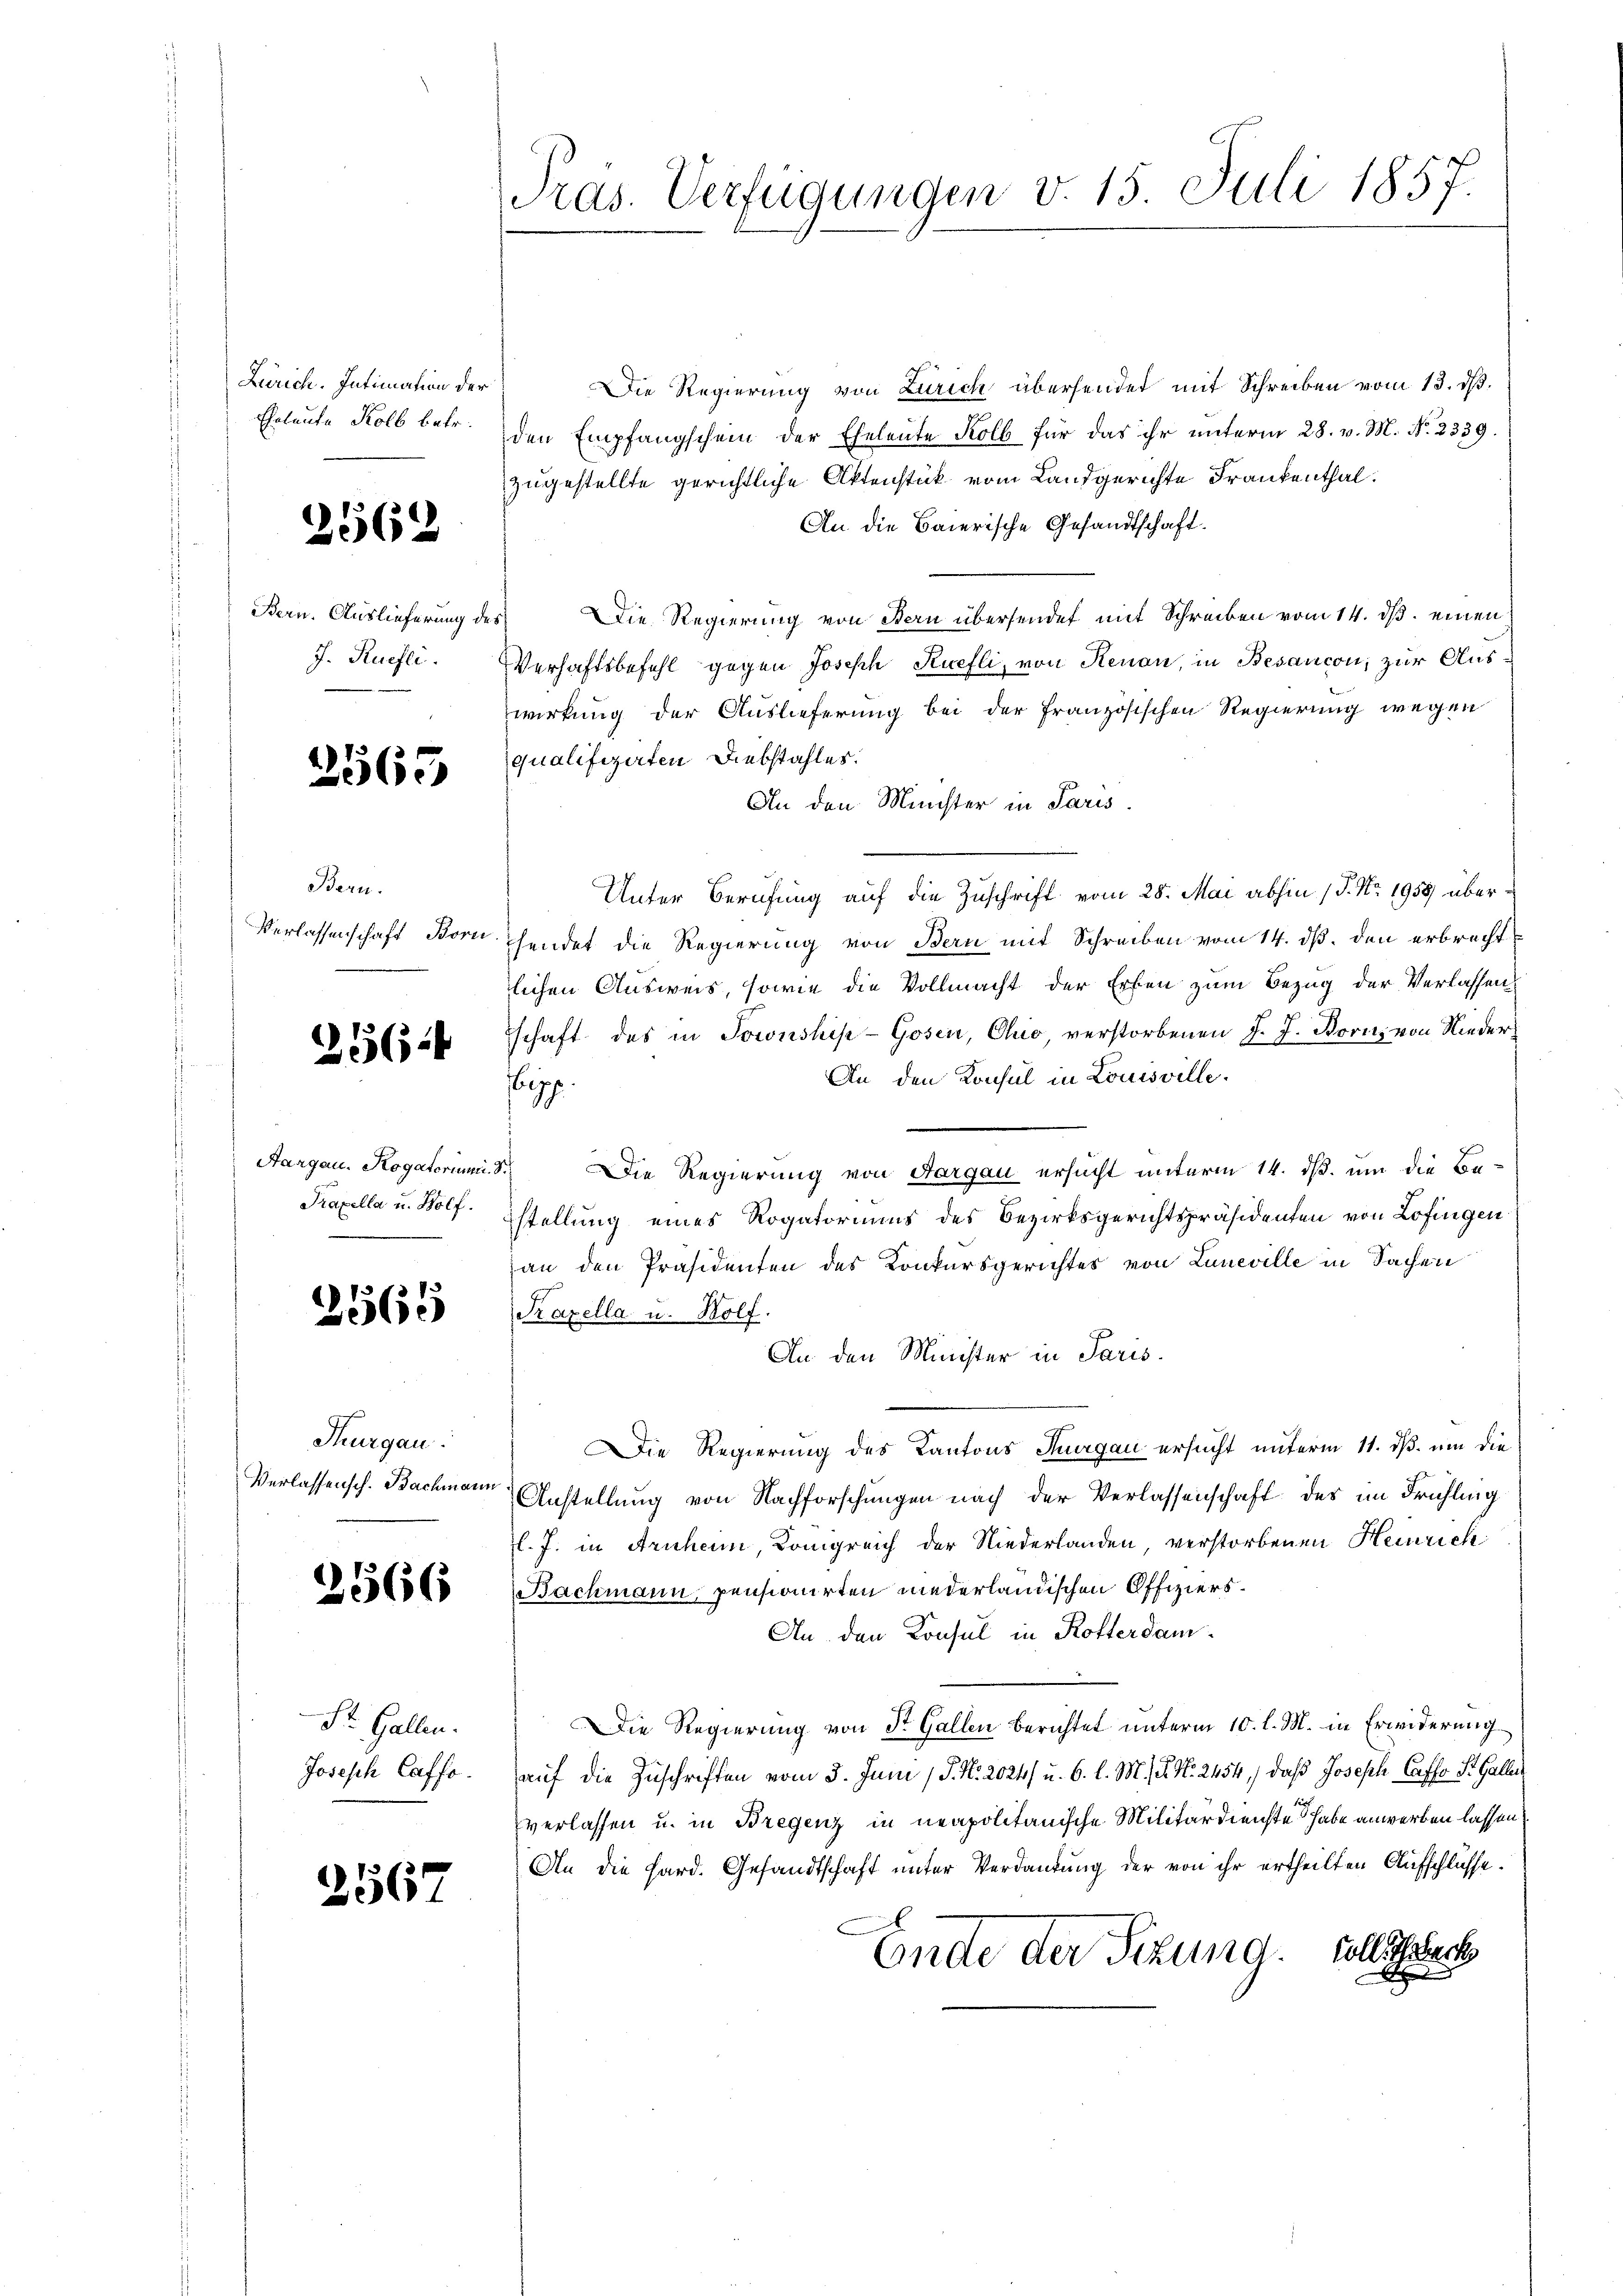
Zürich. Intimation der
Eheleute Kolb betr.

2562

Bern. Auslieferung
J. Ruefli.

2565

Bern.

216

Aargau. Rogatorium
Prazella u. Wolf.

2565

Thurgau:
Verlassensch. Bachmann.

2366

St. Gallen.
Joseph Caffe.

2567

Pras. Verfügungen v. 15. Juli 1857.

Die Regierung von Zürich übersendet mit Schreiben vom 13. dß.
den Empfangschein der Eheleute Kolb für das ihr unterm 28. v. M. No. 2339.
zugestellte gerichtliche Aktenstück vom Landgerichte Frankenthal.
An die Baierische Gesandtschaft.
des Die Regierung von Bern übersendet mit Schreiben vom 14. ds. einen
Verhaftsbefehl gegen Joseph Ruefli, von Renau, in Besancon, zur Auswirkung der Auslieferung bei der französischen Regierung wegen
qualifizirten Diebstahles.
An den Minister in Paris
Unter Berufung auf die Zuschrift vom 28. Mai abhin (T. No. 1958 über¬
Verlassenschaft Borchendet die Regierung von Bern mit Schreiben vom 14. ds. den erbrecht
lichen Ausweis, sowie die Vollmacht der Erben zum Bezug der Verlassen
schaft des in Sownshise-Gosen, Chio, verstorbenen J. J. Borns von Nieder¬
An den Konsul in Louisville.
ipp.
28. Die Regierung von Aargau ersucht unterm 14. dß. um die Bestellung eines Rogatoriums des Bezirksgerichtspräsidenten von Lofingen
an den Präsidenten des Konkursgerichtes von Luneville in Sachen
Trazella u. Bolf.
An den Minister in Paris.
Die Regierung des Kantons Thurgau ersucht unterm 11. ds. um die
Anstellung von Nachforschungen nach der Verlassenschaft des im Frühling
l. J. in Arnheim, Königreich der Niederlanden verstorbenen Heinrich¬
Bachmann, pensionirten niederländischen Offiziers¬
An den Konsul in Rotterdam
Die Regierung von St. Gallen berichtet unterm 10. l. M. in Erwiderung
auf die Zuschriften vom 3. Juni / P. Nr. 2024) u. 6. l. M. el. No. 2454) daß Joseph Caffo St. Galler
verlassen u. in Bregenz in neapolitanische Militärdienste habe anwerben lassen,
An die Hard. Gesandtschaft unter Verdankung der von ihr ertheilten Aufschlüsse.
Ende der Sitzung. Sollsteck